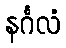
နင်္ဂလံ